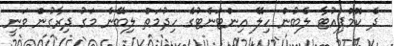
ދެ ކޮމްޕިއުޓާ ލެބުން ހިލޭ އިންޓަނެޓުގެ ހިދުމަތް ލިބޭނެ މަގު ދިރާގުން ވަނީ